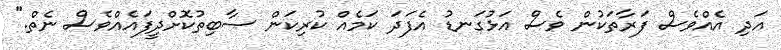
އަދި އެއްވެސް ފަރާތަކުން ވެސް އަޅުގަނޑު އެފަދަ ކަމެއް ކުރިކަން ސާބިތުކޮށްދީފައެއްވެސް ނެތް."